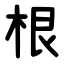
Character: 根